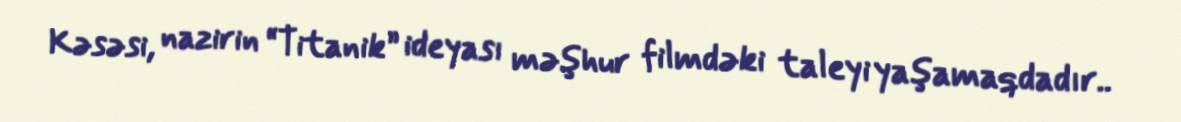
Kəsəsi, nazirin “Titanik” ideyası məşhur filmdəki taleyi yaşamaqdadır..